Insane asylums Bombay 1873-77 - 1873-1877
Year: 1873
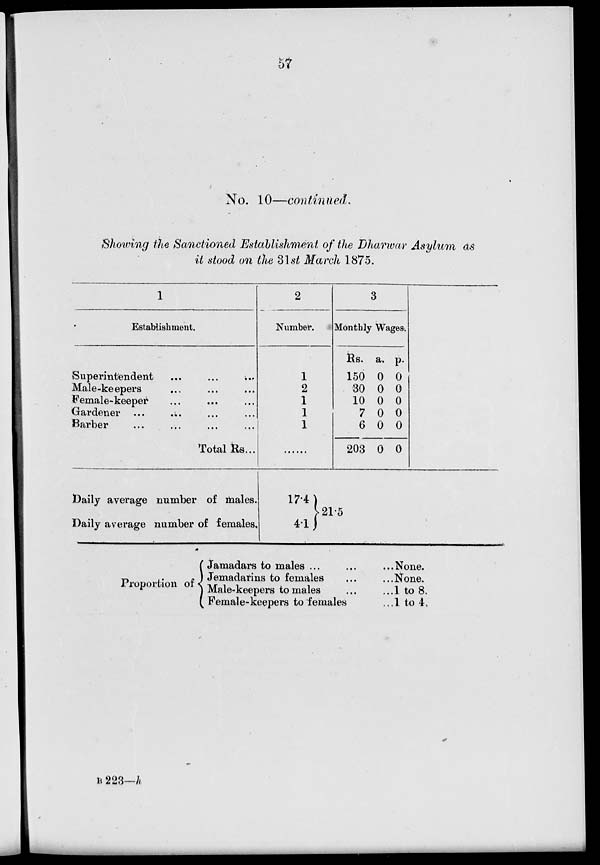
57
No. 10—continued.
Showing the Sanctioned Establishment of the Dharwar Asylum as
it stood on the 31st March 1875.
1
Establishment.
Superintendent
...
...
...
Male-keepers ... ... ...
Female-keeper ... ... ...
Gardener ... ... ... ...
Barber ... ... ... ...
Total Rs...
Daily average number of males.
Daily average number of females.
2
Number.
1
2
1
1
1
......
17.4
4.1
3
Monthly Wages.
Rs.
150
30
10
7
6
203
a.
0
0
0
0
0
0
p.
0
0
0
0
0
0
21.5
Proportion of
Jamadars to males ... ... ...
Jemadarins to females ... ...
Male-keepers to males ...
Female-keepers to females ...
None.
None.
1 to 8.
1 to 4.
B 223—h